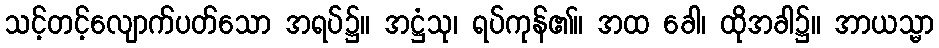
သင့်တင့်လျောက်ပတ်သော အရပ်၌။ အဋ္ဌံသု၊ ရပ်ကုန်၏။ အထ ခေါ၊ ထိုအခါ၌။ အာယသ္မာ